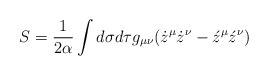
\begin{align*}S=\frac 1{2\alpha }\int d\sigma d\tau g_{\mu \nu }(\dot z^\mu\dot z^\nu -\acute z^\mu \acute z^\nu )\end{align*}